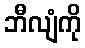
ဘီလျံကို